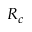
R _ { c }